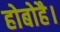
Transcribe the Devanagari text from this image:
होबोहै।